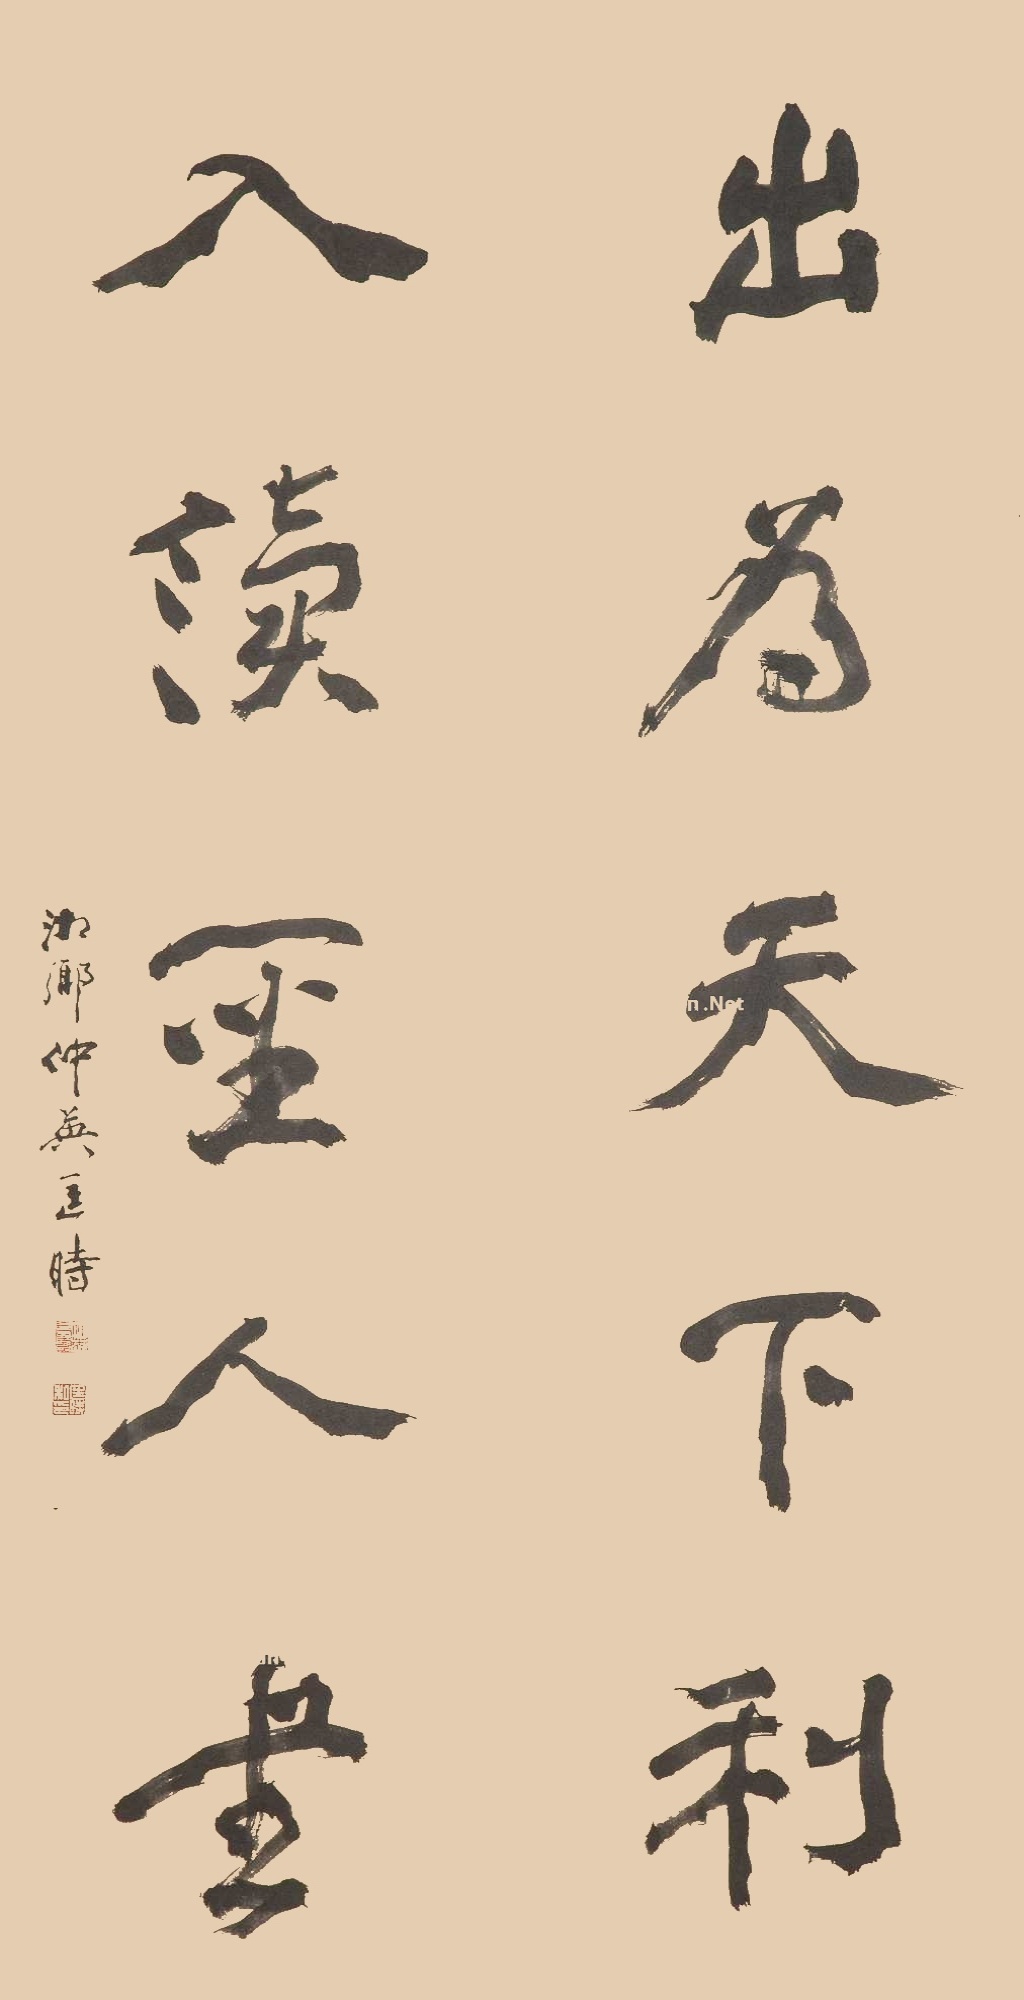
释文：出为天下利，入读圣人书。湘乡仲英匡时。